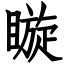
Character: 䁢